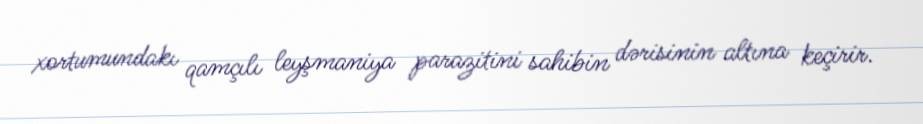
xortumundakı qamçılı leyşmaniya parazitini sahibin dərisinin altına keçirir.